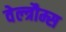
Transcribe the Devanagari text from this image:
वेल्त्रौम्स